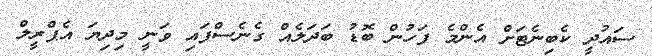
ސައުދީ ކެބިނެޓަށް އެންމެ ފަހުން ބޮޑު ބަދަލެއް ގެނެސްފައި ވަނީ މިދިޔަ އެޕްރީލް